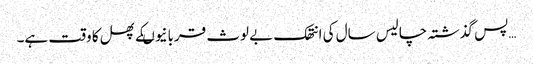
…پس گذشتہ چالیس سال کی انتھک بے لوث قربانیوںکے پھل کا وقت ہے۔